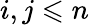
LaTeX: i,j\leqslant n